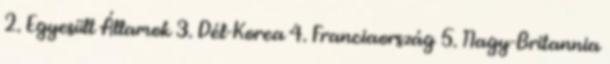
2. Egyesült Államok 3. Dél-Korea 4. Franciaország 5. Nagy-Britannia